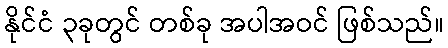
နိုင်ငံ ၃ခုတွင် တစ်ခု အပါအဝင် ဖြစ်သည်။